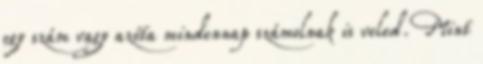
egy szám vagy azóta mindennap számolnak is veled. Mint